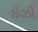
ઇઝૌ